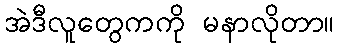
အဲဒီလူတွေကကို မနာလိုတာ။